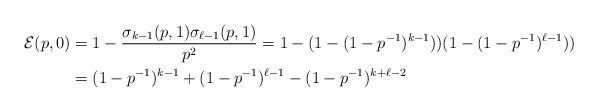
LaTeX: \begin{align*} \mathcal{E}(p,0) & =1-\frac{ \sigma_{k-1}(p,1) \sigma_{\ell-1}(p,1) }{p^2} = 1 - (1- (1-p^{-1})^{k-1}))(1- (1-p^{-1})^{\ell-1})) \\ & = (1-p^{-1})^{k-1}+(1-p^{-1})^{\ell-1} - (1-p^{-1})^{k+\ell-2} \end{align*}